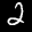
Label: 2